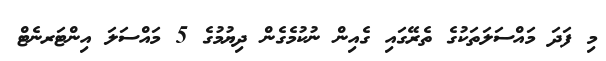
މި ފަދަ މައްސަލަތަކުގެ ތެރޭގައި ގެއިން ނުކުމެގެން ދިޔުމުގެ 5 މައްސަލަ އިންޓަރނެޓް